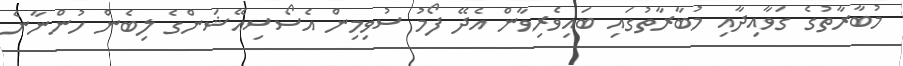
މުބާރާތުގެ ގަވާއިދާއި މުބާރާތުގައި ބައިވެރިވާން އެދޭ ފޯމު ސުވިމިން އެސޯސިއޭޝަންގެ ލިބެން ހުންނާނެ